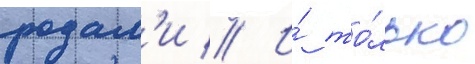
родам'и // И́ то́лько